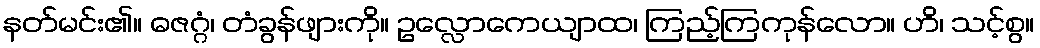
နတ်မင်း၏။ ဓဇဂ္ဂံ၊ တံခွန်ဖျားကို။ ဥလ္လောကေယျာထ၊ ကြည့်ကြကုန်လော။ ဟိ၊ သင့်စွ။